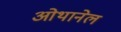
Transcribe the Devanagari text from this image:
ओथानेल